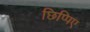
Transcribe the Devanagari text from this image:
छिप्पिए